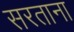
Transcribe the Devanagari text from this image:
सरताना